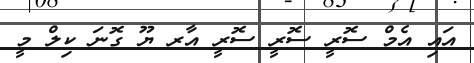
އައި އެމް ސޮރީ ސޮރީ ސޮރީ އާރ ޔޫ ގޮނަ ކިލް މީ